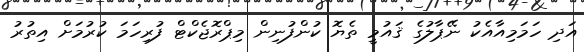
އަދި ހަމަމިއާއެކު ނޭޕާލުގެ ޤައުމީ ތެޔޮ ކުންފުނިން މިޕްރޮޖެކްޓް ފުރިހަމަ ކުރުމަށް އިތުރު